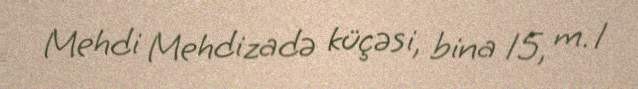
Mehdi Mehdizadə küçəsi, bina 15, m. 1